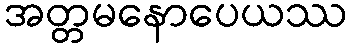
အတ္တမနောပေယဿ